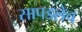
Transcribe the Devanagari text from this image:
सापडलेच